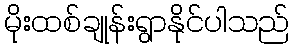
မိုးထစ်ချုန်းရွာနိုင်ပါသည်